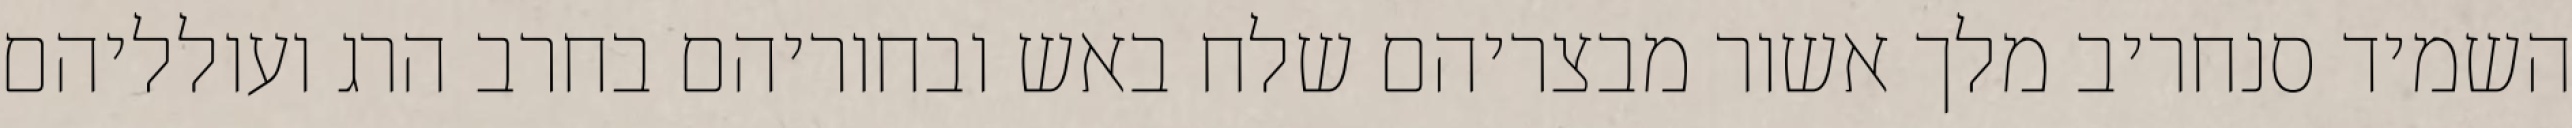
השמיד סנחריב מלך אשור מבצריהם שלח באש ובחוריהם בחרב הרג ועולליהם